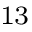
^ { 1 3 }